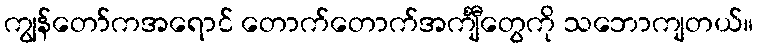
ကျွန်တော်ကအရောင် တောက်တောက်အင်္ကျီတွေကို သဘောကျတယ်။